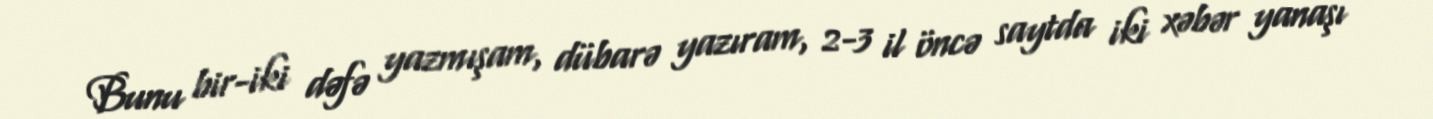
Bunu bir-iki dəfə yazmışam, dübarə yazıram, 2-3 il öncə saytda iki xəbər yanaşı